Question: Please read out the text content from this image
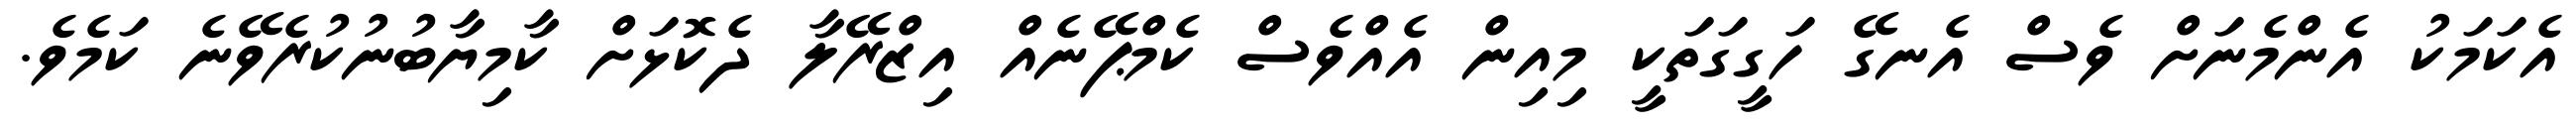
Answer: އެކަމަކު އެންމެނަށް ވެސް އެނގޭ ހަގީގަތަކީ މިއިން އެއްވެސް ކެމްޕޭނެއް އިޒްރޭލާ ދެކޮޅަށް ކާމިޔާބުނުކުރެވޭނެ ކަމެވެ.